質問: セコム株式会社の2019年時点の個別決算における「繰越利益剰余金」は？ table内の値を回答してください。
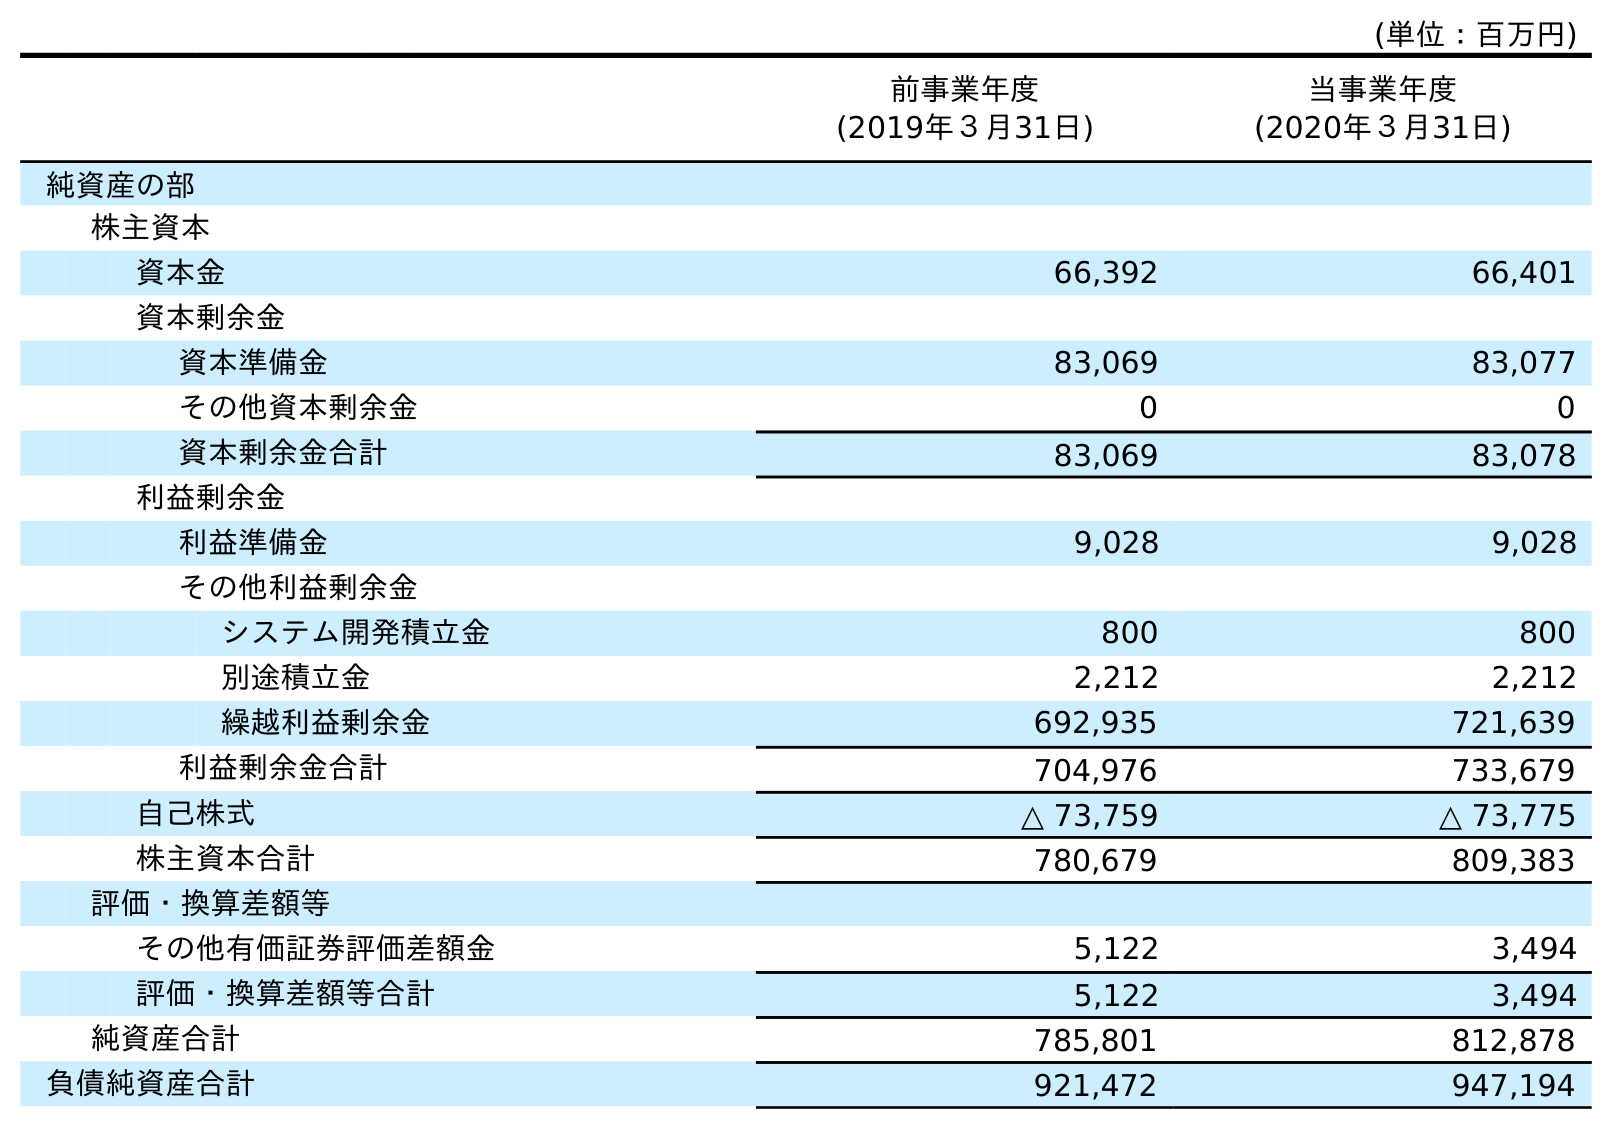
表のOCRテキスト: (単位：百万円) 前事業年度 (2019年３月31日) 当事業年度 (2020年３月31日) 純資産の部 株主資本 資本金 66,392 66,401 資本剰余金 資本準備金 83,069 83,077 その他資本剰余金 0 0 資本剰余金合計 83,069 83,078 利益剰余金 利益準備金 9,028 9,028 その他利益剰余金 システム開発積立金 800 800 別途積立金 2,212 2,212 繰越利益剰余金 692,935 721,639 利益剰余金合計 704,976 733,679 自己株式 △ 73,759 △ 73,775 株主資本合計 780,679 809,383 評価・換算差額等 その他有価証券評価差額金 5,122 3,494 評価・換算差額等合計 5,122 3,494 純資産合計 785,801 812,878 負債純資産合計 921,472 947,194
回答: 692,935